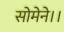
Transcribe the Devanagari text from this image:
सोमेने।।